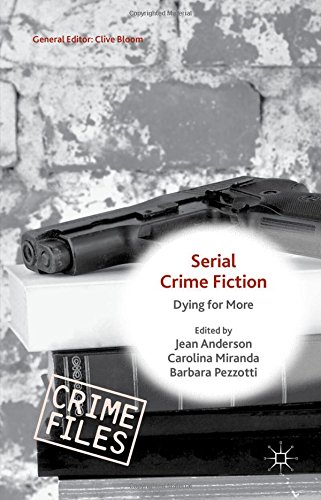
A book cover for Serial Crime Fiction: Dying for More (Crime Files); Mystery, Thriller & Suspense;